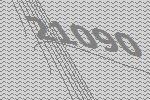
21090